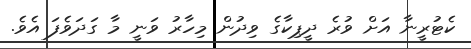
ކެޓުރީނާ އަށް ވުރެ ދީޕިކާގެ ވިދުން މިހާރު ވަނީ މާ ގަދަވެފަ އެވެ.